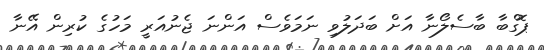
ޕޮގްބާ ބާސެލޯނާ އަށް ބަދަލުވި ނަމަވެސް އަންނަ ޖެނުއަރީ މަހުގެ ކުރިން އޭނާ